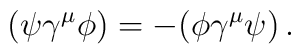
(\psi\gamma^\mu\phi)=-(\phi\gamma^\mu\psi)\,.